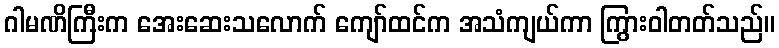
ဂါမဏိကြီးက အေးဆေးသလောက် ကျော်ထင်က အသံကျယ်ကာ ကြွားဝါတတ်သည်။